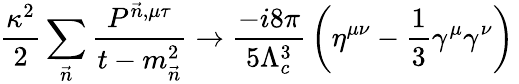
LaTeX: {\frac{\kappa^{2}}{2}}\sum_{\vec{n}}{\frac{P^{\vec{n},\mu\tau}}{t-m_{\vec{n}}^{2}}}\to{\frac{-i8\pi}{5\Lambda_{c}^{3}}}\left(\eta^{\mu\nu}-{\frac{1}{3}}\gamma^{\mu}\gamma^{\nu}\right)\,